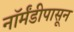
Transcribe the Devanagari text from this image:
नॉर्मंडीपासून